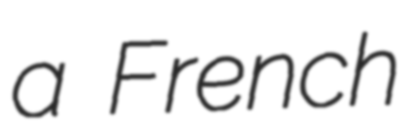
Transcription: a French